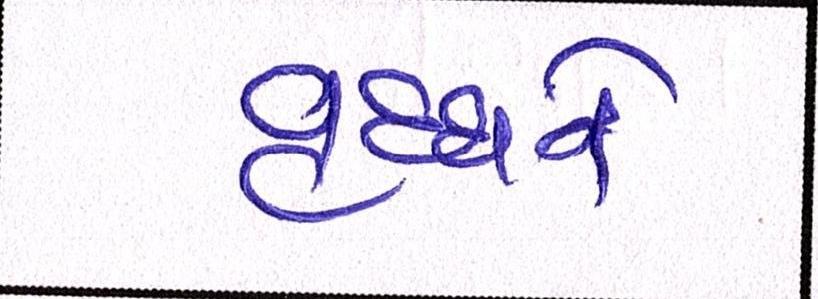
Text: વૃધ્ધને